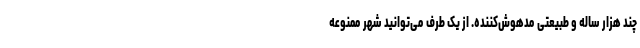
چند هزار ساله و طبیعتی مدهوش‌کننده. از یک طرف می‌توانید شهر ممنوعه